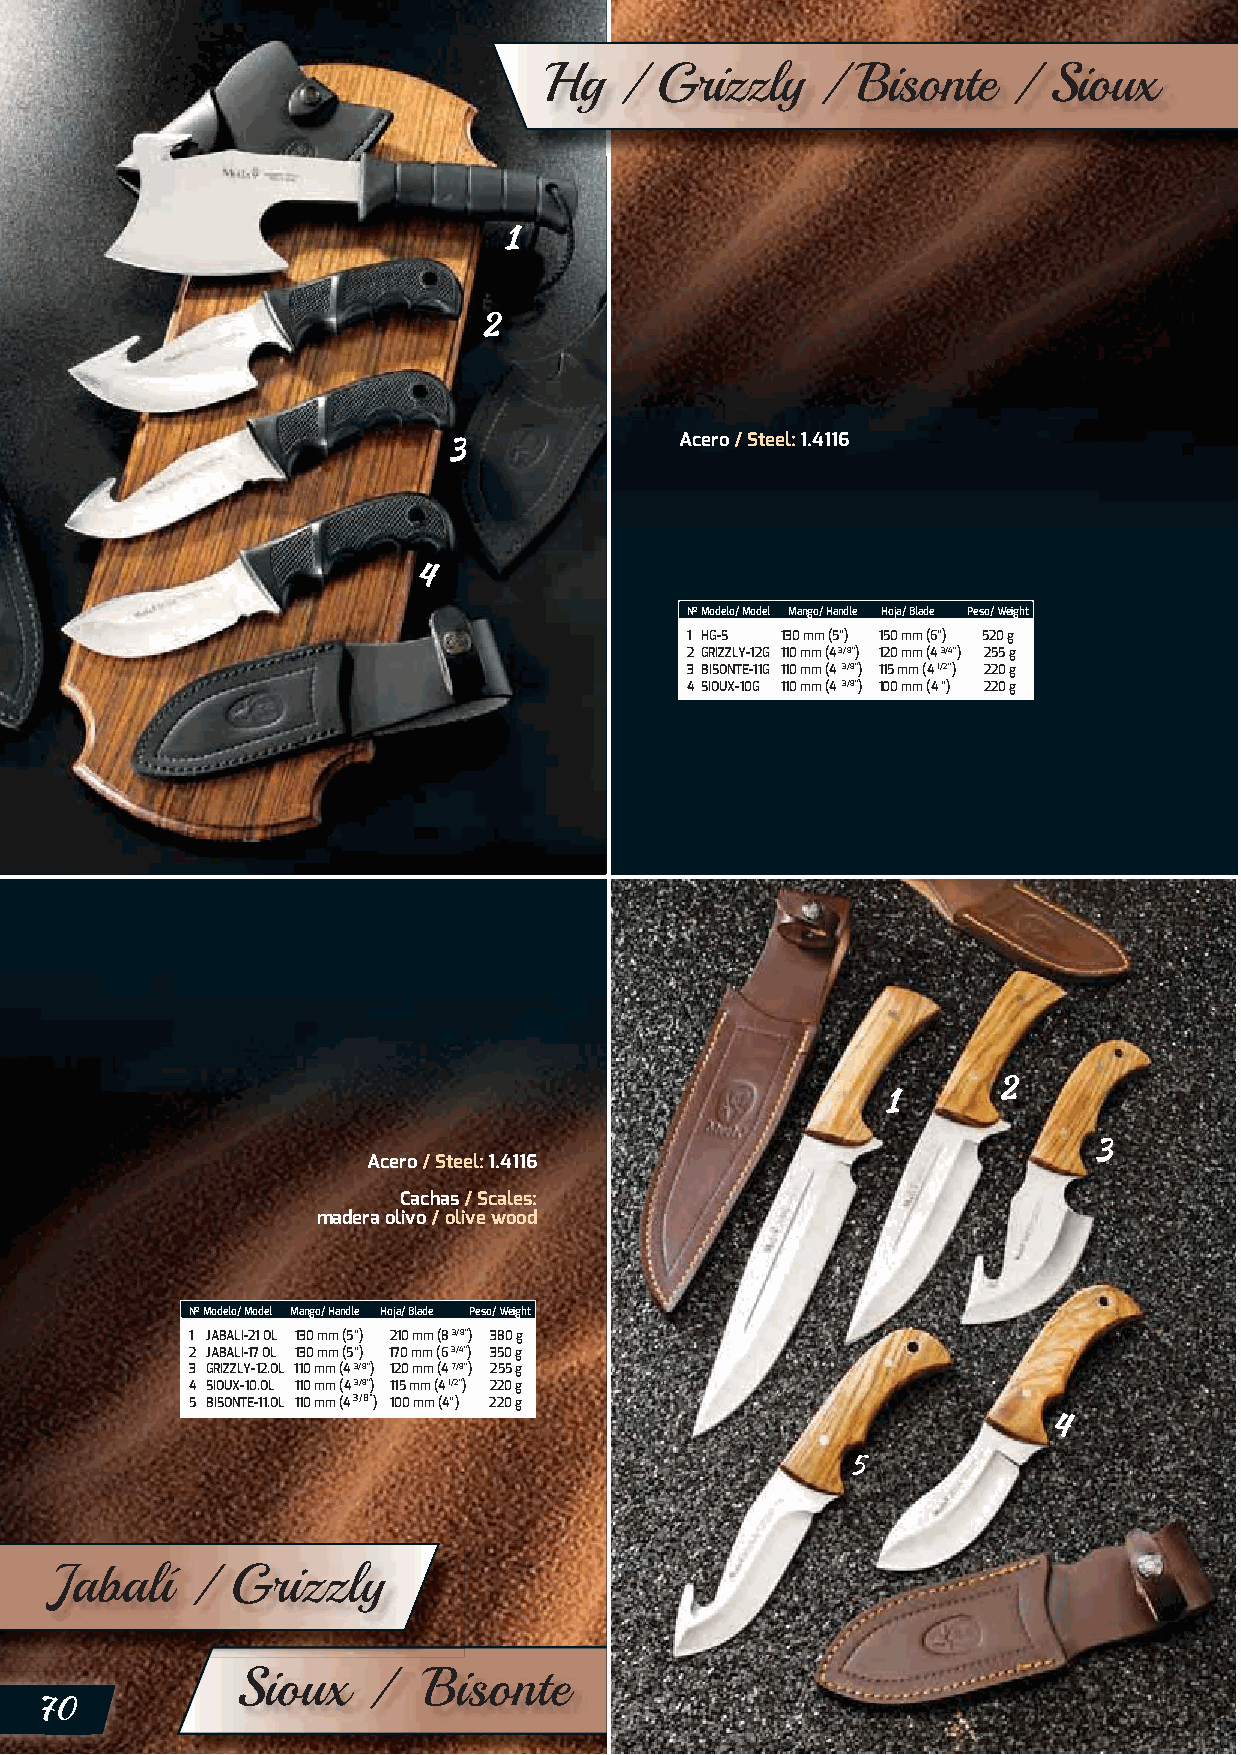
Hg   / Grizzly    /  Bisonte   / Sioux
 Acero / Steel: 1.4116
 Nº Modelo/ Model Mango/ Handle Hoja/ Blade Peso/ Weight
 1 HG-S 130 mm (5”) 150 mm (6”) 520 g
 2 GRIZZLY-12G 110 mm (4 3/8”) 120 mm (4 3/4”) 255 g
 3 BISONTE-11G 110 mm (4 3/8”) 1 15 mm (4 1/2”) 220 g
 4 SIOUX-10G 110 mm (4 3/8”) 1 00 mm (4 ”) 220 g
 Acero / Steel: 1.4116
 Cachas / Scales:
 madera olivo / olive wood
 Nº Modelo/ Model Mango/ Handle Hoja/ Blade Peso/ Weight
 1 JABALI-21 OL 130 mm (5”) 210 mm (8 3/8”) 380 g
 2 JABALI-17 OL 130 mm (5”) 170 mm (6 3/4”) 350 g
 3 GRIZZLY-12.OL 110 mm (4 3/8”) 120 mm (4 7/8”) 255 g
 4 SIOUX-10.OL 110 mm (4 3/8”) 115 mm (4 1/2”) 220 g
 5 BISONTE-11.OL 110 mm (4 3/8”) 100 mm (4”) 220 g
 Jabalí    / Grizzly
 Sioux   /   Bisonte
 70